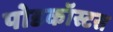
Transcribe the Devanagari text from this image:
पोडकॉस्टस